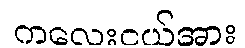
ကလေးငယ်အား